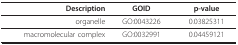
| Description | GOID | p-value |
 | --- | --- | --- |
 | organelle | GO:0043226 | 0.03825311 |
 | macromolecular complex | GO:0032991 | 0.04459121 |